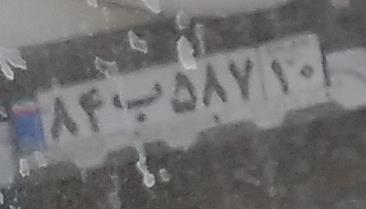
۸۴ب۵۸۷۱۰